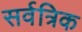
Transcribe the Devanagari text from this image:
सर्वत्रिक